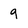
Character: 9